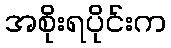
အစိုးရပိုင်းက